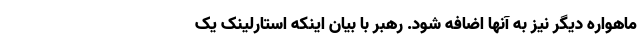
ماهواره دیگر نیز به آنها اضافه شود. رهبر با بیان اینکه استارلینک یک